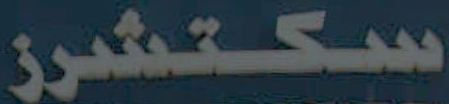
سكتشرز